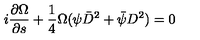
i \frac { \partial \Omega } { \partial { s } } + \frac { 1 } { 4 } \Omega ( \psi \bar { D } ^ { 2 } + \bar { \psi } D ^ { 2 } ) = 0